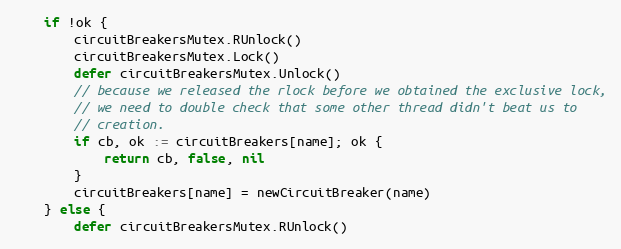
Language: Go
	if !ok {
		circuitBreakersMutex.RUnlock()
		circuitBreakersMutex.Lock()
		defer circuitBreakersMutex.Unlock()
		// because we released the rlock before we obtained the exclusive lock,
		// we need to double check that some other thread didn't beat us to
		// creation.
		if cb, ok := circuitBreakers[name]; ok {
			return cb, false, nil
		}
		circuitBreakers[name] = newCircuitBreaker(name)
	} else {
		defer circuitBreakersMutex.RUnlock()